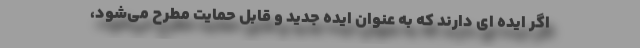
اگر ایده ای دارند که به عنوان ایده جدید و قابل حمایت مطرح می‌شود،